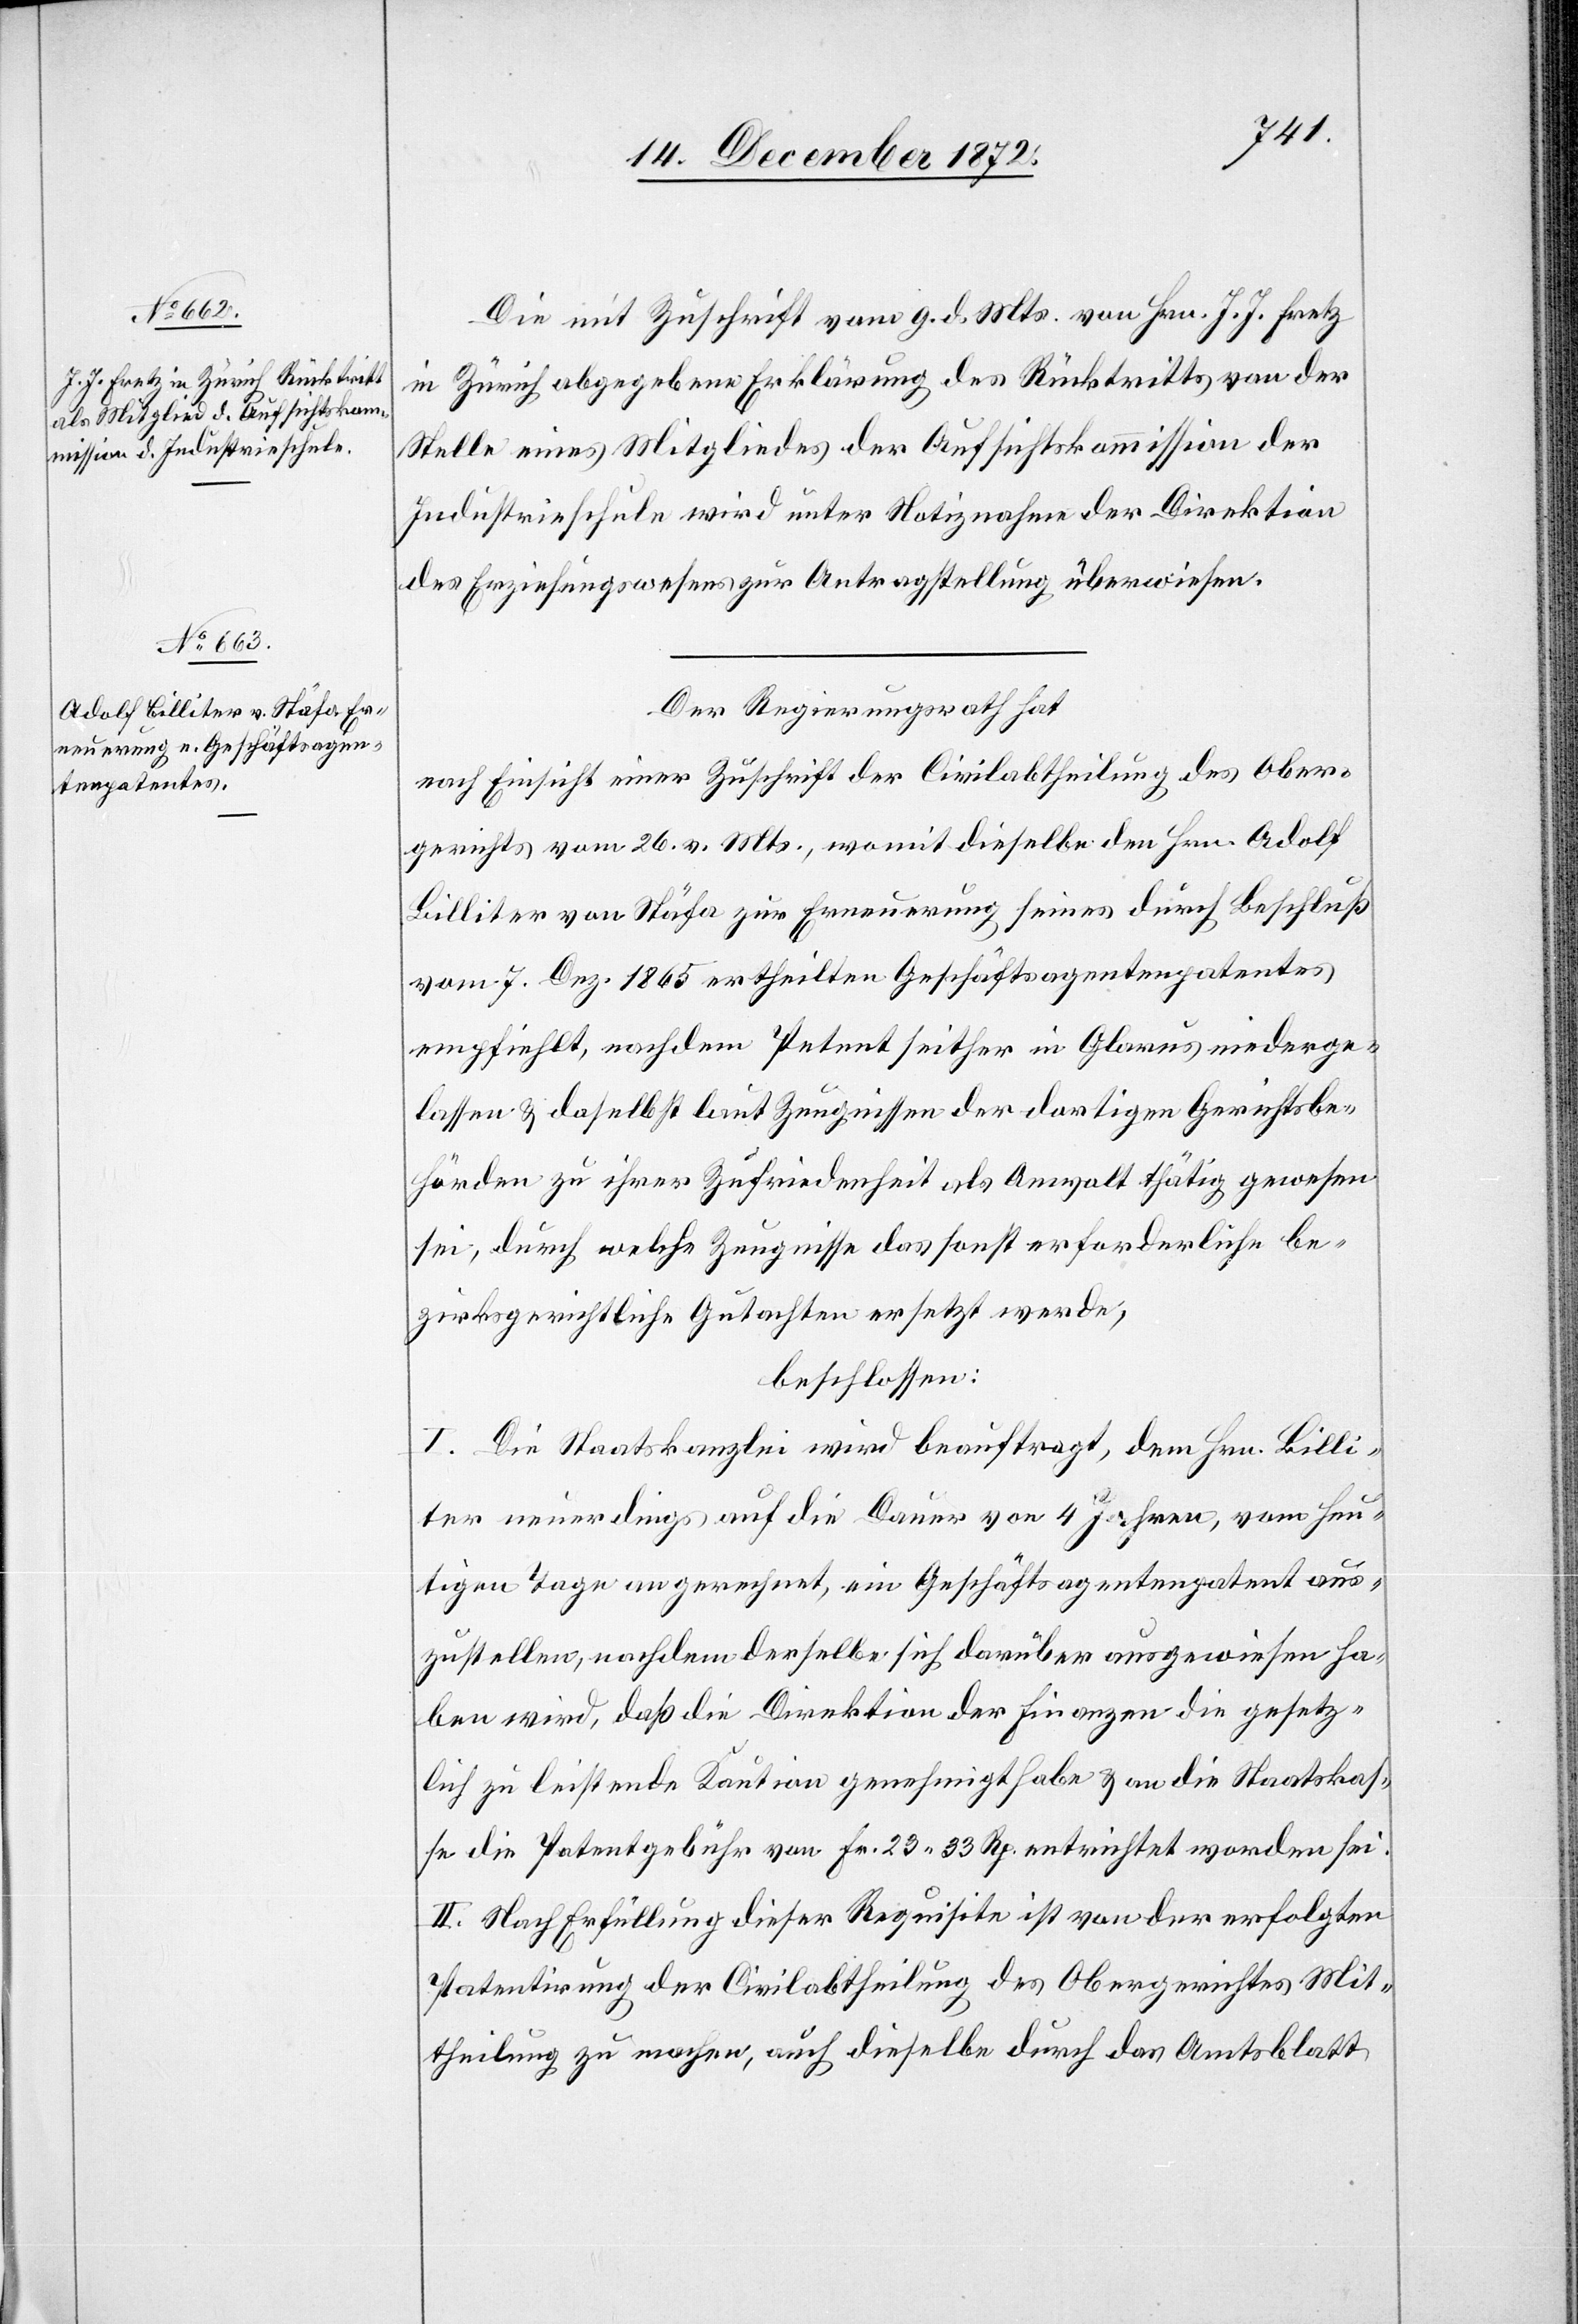
Die mit Zuschrift vom 9. d. Mts. von Hrn. J. J. Fretz
in Zürich abgegebene Erklärung des Rücktritts von der
Stelle eines Mitgliedes der Aufsichtskommission der
Industrieschule wird unter Notiznahme der Direktion
des Erziehungswesens zur Antragstellung überwiesen.
Der Regierungsrath hat
nach Einsicht einer Zuschrift der Civilabtheilung des Ober¬
gerichts vom 26. v. Mts., womit dieselbe den Hrn. Adolf
Billiter von Stäfa zur Erneuerung seines durch Beschluß
vom 7. Dez. 1865 ertheilten Geschäftsagentenpatentes
empfiehlt, nachdem Petent seither in Glarus niederge¬
lassen u. daselbst laut Zeugnissen der dortigen Gerichtsbe¬
hörden zu ihrer Zufriedenheit als Anwalt thätig gewesen
sei, durch welche Zeugnisse das sonst erforderliche be¬
zirksgerichtliche Gutachten ersetzt werde;
beschlossen:
I. Die Staatskanzlei wird beauftragt, dem Hrn. Billi¬
ter neuerdings auf die Dauer von 4 Jahren, vom heu¬
tigen Tage an gerechnet, ein Geschäftsagentenpatent aus¬
zustellen, nachdem derselbe sich darüber ausgewiesen ha¬
ben wird, daß die Direktion der Finanzen die gesetz¬
lich zu leistende Kaution genehmigt habe u. an die Staatskas¬
se die Patentgebühr von Fr. 23 33 Rp. entrichtet worden sei.
II. Nach Erfüllung dieser Requisite ist von der erfolgten
Patentirung der Civilabtheilung des Obergerichtes Mit¬
theilung zu machen, auch dieselbe durch das Amtsblatt